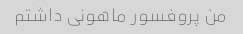
من پروفسور ماهونی داشتم